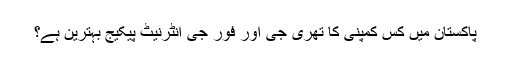
پاکستان میں کس کمپنی کا تھری جی اور فور جی انٹرنیٹ پیکیج بہترین ہے؟